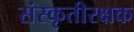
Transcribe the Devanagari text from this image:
संस्कृतीरक्षक